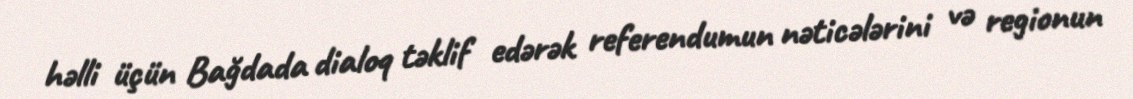
həlli üçün Bağdada dialoq təklif edərək referendumun nəticələrini və regionun